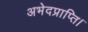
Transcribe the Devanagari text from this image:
अभेदप्राप्ति।